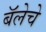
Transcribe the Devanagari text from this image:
बॅलेचे